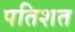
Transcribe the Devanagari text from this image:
पतिशत